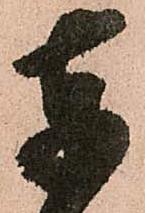
奉